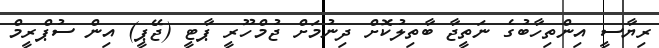
ރިޔާސީ އިންތިހާބުގެ ނަތީޖާ ބާތިލުކޮށް ދިނުމަށް ޖުމްހޫރީ ޕާޓީ (ޖޭޕީ) އިން ސުޕްރީމް